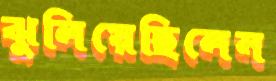
ঝুলিয়েছিলেন